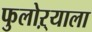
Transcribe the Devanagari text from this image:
फुलोऱ्याला